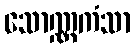
သောဏ္ဏကံသာ